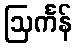
ဩင်္ကန်